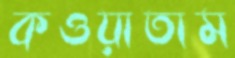
কওয়াতাম